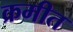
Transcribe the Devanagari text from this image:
क्रमीत